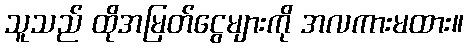
သူသည် ထိုအမြတ်ငွေများကို အလကားမထား။